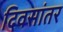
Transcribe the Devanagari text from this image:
दिवसांतर